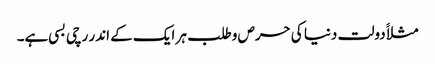
مثلاََ دولت دنیا کی حرص وطلب ہر ایک کے اندر رچی بسی ہے۔